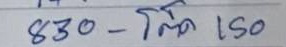
830 - โต๊ด 150